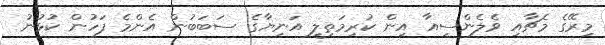
މިރޭގެ މެޗާއި ވެލެންސިއާ އިން ކުރިމަތިލީ އަނިޔާގެ ސަބަބުން އެންމެ ފަހުން ކުޅުނު